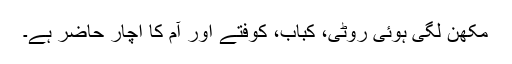
مکھن لگی ہوئی روٹی، کباب، کوفتے اور آم کا اچار حاضر ہے۔